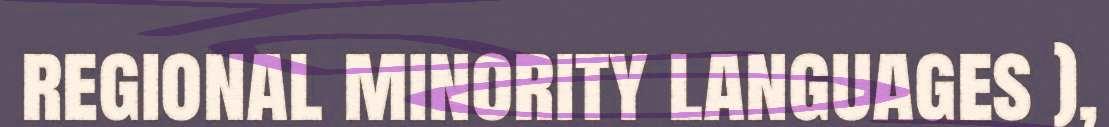
regional minority languages ),